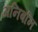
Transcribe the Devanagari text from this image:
अनिर्बान